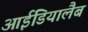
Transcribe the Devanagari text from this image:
आईडियालैब